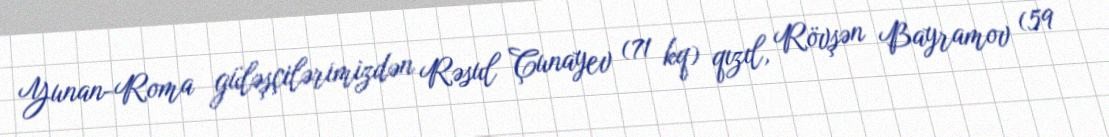
Yunan-Roma güləşçilərimizdən Rəsul Çunayev (71 kq) qızıl, Rövşən Bayramov (59